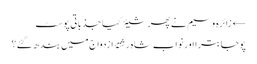
← زائرہ وسیم نے پھر شیئر کیا جذباتی پوسٹ
پوجا بترا اور نواب شاہ رشتۂ ازدواج میں بندھ گئے؟